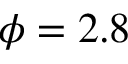
\phi = 2 . 8